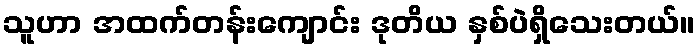
သူဟာ အထက်တန်းကျောင်း ဒုတိယ နှစ်ပဲရှိသေးတယ်။